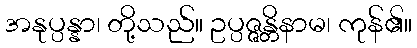
အနုပ္ပန္နာ၊ တို့သည်။ ဥပ္ပဇ္ဇန္တိနာမ၊ ကုန်၏။